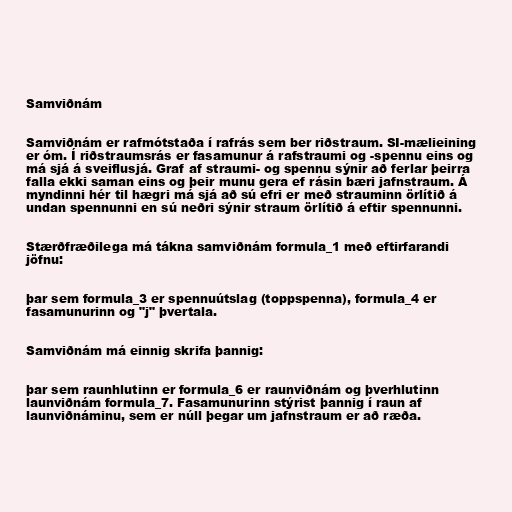
Samviðnám

Samviðnám er rafmótstaða í rafrás sem ber riðstraum. SI-mælieining
er óm. Í riðstraumsrás er fasamunur á rafstraumi og -spennu eins og
má sjá á sveiflusjá. Graf af straumi- og spennu sýnir að ferlar þeirra
falla ekki saman eins og þeir munu gera ef rásin bæri jafnstraum. Á
myndinni hér til hægri má sjá að sú efri er með strauminn örlítið á
undan spennunni en sú neðri sýnir straum örlítið á eftir spennunni.

Stærðfræðilega má tákna samviðnám formula_1 með eftirfarandi
jöfnu:

þar sem formula_3 er spennuútslag (toppspenna), formula_4 er
fasamunurinn og "j" þvertala.

Samviðnám má einnig skrifa þannig:

þar sem raunhlutinn er formula_6 er raunviðnám og þverhlutinn
launviðnám formula_7. Fasamunurinn stýrist þannig í raun af
launviðnáminu, sem er núll þegar um jafnstraum er að ræða.